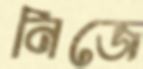
নিজে